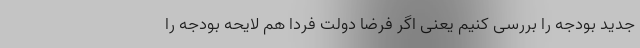
جدید بودجه را بررسی کنیم یعنی اگر فرضا دولت فردا هم لایحه بودجه را